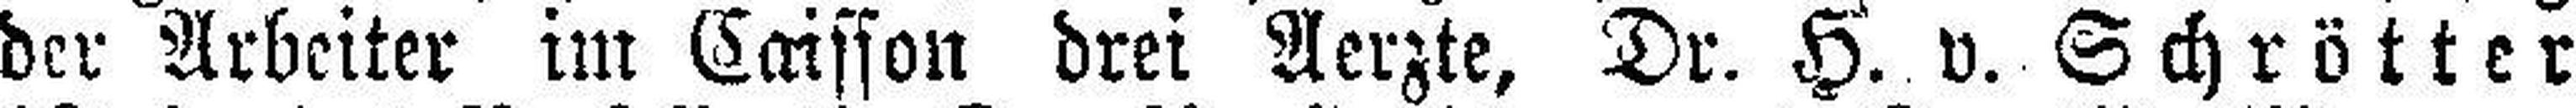
der Arbeiter im Caisson drei Aerzte, Dr. H. v. Schrötter